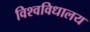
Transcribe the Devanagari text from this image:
विश्‍वविधालय